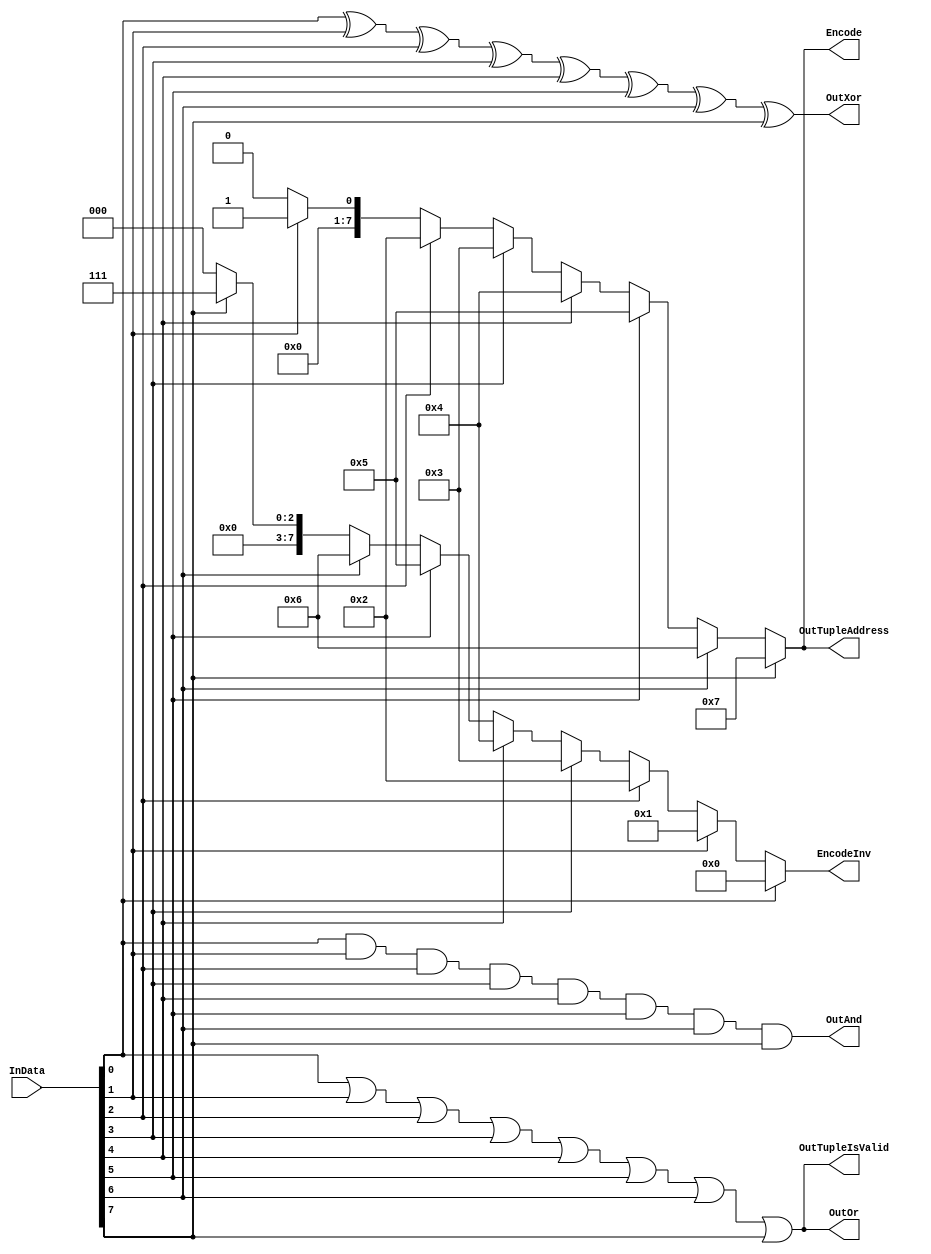
`timescale 1ns/1ps
`default_nettype none
// PLEASE READ THIS, IT MAY SAVE YOU SOME TIME AND MONEY, THANK YOU!
// * This file was generated by Quokka FPGA Toolkit.
// * Generated code is your property, do whatever you want with it
// * Place custom code between [BEGIN USER ***] and [END USER ***].
// * CAUTION: All code outside of [USER] scope is subject to regeneration.
// * Bad things happen sometimes in developer's life,
//   it is recommended to use source control management software (e.g. git, bzr etc) to keep your custom code safe'n'sound.
// * Internal structure of code is subject to change.
//   You can use some of signals in custom code, but most likely they will not exist in future (e.g. will get shorter or gone completely)
// * Please send your feedback, comments, improvement ideas etc. to evmuryshkin@gmail.com
// * Visit https://github.com/EvgenyMuryshkin/QuokkaEvaluation to access latest version of playground
//
// DISCLAIMER:
//   Code comes AS-IS, it is your responsibility to make sure it is working as expected
//   no responsibility will be taken for any loss or damage caused by use of Quokka toolkit.
//
// System configuration name is LoopModule_TopLevel, clock frequency is 1Hz, Top-level
// FSM summary
// -- Packages
module LoopModule_TopLevel
(
	// [BEGIN USER PORTS]
	// [END USER PORTS]
	input wire [7:0] InData,
	output wire [7:0] Encode,
	output wire [7:0] EncodeInv,
	output wire OutAnd,
	output wire OutOr,
	output wire [7:0] OutTupleAddress,
	output wire OutTupleIsValid,
	output wire OutXor
);
	// [BEGIN USER SIGNALS]
	// [END USER SIGNALS]
	localparam HiSignal = 1'b1;
	localparam LoSignal = 1'b0;
	wire Zero = 1'b0;
	wire One = 1'b1;
	wire true = 1'b1;
	wire false = 1'b0;
	wire LoopModule_L85F13L96T14_LoopModule_L86F32T37_Expr = 1'b0;
	wire LoopModule_L85F13L96T14_LoopModule_L87F31T32_Expr = 1'b0;
	wire [3: 0] LoopModule_L85F13L96T14_LoopModule_L88F17L93T18_Inputs_InData_Size = 4'b1000;
	wire LoopModule_L55F13L64T14_LoopModule_L56F31T32_Expr = 1'b0;
	wire [3: 0] LoopModule_L55F13L64T14_LoopModule_L57F17L61T18_Inputs_InData_Size = 4'b1000;
	wire LoopModule_L70F13L79T14_LoopModule_L71F30T31_Expr = 1'b0;
	wire [3: 0] LoopModule_L70F13L79T14_LoopModule_L72F17L76T18_Inputs_InData_Size = 4'b1000;
	wire LoopModule_L29F13L36T14_LoopModule_L30F31T35_Expr = 1'b1;
	wire [3: 0] LoopModule_L29F13L36T14_LoopModule_L31F17L34T18_Inputs_InData_Size = 4'b1000;
	wire [3: 0] LoopModule_L16F13L23T14_LoopModule_L18F17L21T18_Inputs_InData_Size = 4'b1000;
	wire [3: 0] LoopModule_L42F13L49T14_LoopModule_L44F17L47T18_Inputs_InData_Size = 4'b1000;
	wire [7: 0] Inputs_InData;
	wire [7: 0] Tuple_Item1;
	wire Tuple_Item2;
	reg LoopModule_L85F13L96T14_isValid;
	reg [7: 0] LoopModule_L85F13L96T14_result;
	integer idx;
	wire [8: 0] LoopModule_L85F13L96T14_LoopModule_L95F24T41_Tuple;
	reg [7: 0] LoopModule_L55F13L64T14_result;
	integer idx1;
	reg signed [31: 0] LoopModule_L70F13L79T14_result;
	integer idx2;
	wire [7: 0] LoopModule_L70F13L79T14_LoopModule_L78F24T36_Cast;
	reg LoopModule_L29F13L36T14_result;
	integer idx3;
	reg LoopModule_L16F13L23T14_result;
	integer idx4;
	reg LoopModule_L42F13L49T14_result;
	integer idx5;
	always @ (*)
	begin
		idx = 0;
		LoopModule_L85F13L96T14_isValid = LoopModule_L85F13L96T14_LoopModule_L86F32T37_Expr;
		LoopModule_L85F13L96T14_result = {
			{7{1'b0}},
			LoopModule_L85F13L96T14_LoopModule_L87F31T32_Expr
		}
		;
		for (idx = 0; (idx < 8); idx = (idx + 1))
		begin
			LoopModule_L85F13L96T14_isValid = (LoopModule_L85F13L96T14_isValid | Inputs_InData[idx]);
			if (Inputs_InData[idx])
			begin
				LoopModule_L85F13L96T14_result = idx;
			end
		end
	end
	always @ (*)
	begin
		idx1 = 0;
		LoopModule_L55F13L64T14_result = {
			{7{1'b0}},
			LoopModule_L55F13L64T14_LoopModule_L56F31T32_Expr
		}
		;
		for (idx1 = 0; (idx1 < 8); idx1 = (idx1 + 1))
		begin
			if (Inputs_InData[idx1])
			begin
				LoopModule_L55F13L64T14_result = idx1;
			end
		end
	end
	always @ (*)
	begin
		idx2 = 8;
		LoopModule_L70F13L79T14_result = {
			{31{1'b0}},
			LoopModule_L70F13L79T14_LoopModule_L71F30T31_Expr
		}
		;
		for (idx2 = 8; (idx2 > 0); idx2 = (idx2 - 1))
		begin
			if (Inputs_InData[(idx2 - 1)])
			begin
				LoopModule_L70F13L79T14_result = (idx2 - 1);
			end
		end
	end
	always @ (*)
	begin
		idx3 = 0;
		LoopModule_L29F13L36T14_result = LoopModule_L29F13L36T14_LoopModule_L30F31T35_Expr;
		for (idx3 = 0; (idx3 < 8); idx3 = (idx3 + 1))
		begin
			LoopModule_L29F13L36T14_result = (LoopModule_L29F13L36T14_result & Inputs_InData[idx3]);
		end
	end
	always @ (*)
	begin
		idx4 = 1;
		LoopModule_L16F13L23T14_result = Inputs_InData[0];
		for (idx4 = 1; (idx4 < 8); idx4 = (idx4 + 1))
		begin
			LoopModule_L16F13L23T14_result = (LoopModule_L16F13L23T14_result | Inputs_InData[idx4]);
		end
	end
	always @ (*)
	begin
		idx5 = 1;
		LoopModule_L42F13L49T14_result = Inputs_InData[0];
		for (idx5 = 1; (idx5 < 8); idx5 = (idx5 + 1))
		begin
			LoopModule_L42F13L49T14_result = (LoopModule_L42F13L49T14_result ^ Inputs_InData[idx5]);
		end
	end
	assign Inputs_InData = InData;
	assign LoopModule_L85F13L96T14_LoopModule_L95F24T41_Tuple[8:1] = LoopModule_L85F13L96T14_result;
	assign LoopModule_L85F13L96T14_LoopModule_L95F24T41_Tuple[0] = LoopModule_L85F13L96T14_isValid;
	assign Tuple_Item1 = LoopModule_L85F13L96T14_LoopModule_L95F24T41_Tuple[8:1];
	assign Tuple_Item2 = LoopModule_L85F13L96T14_LoopModule_L95F24T41_Tuple[0];
	assign Encode = LoopModule_L55F13L64T14_result;
	assign LoopModule_L70F13L79T14_LoopModule_L78F24T36_Cast = LoopModule_L70F13L79T14_result[7:0];
	assign EncodeInv = LoopModule_L70F13L79T14_LoopModule_L78F24T36_Cast;
	assign OutAnd = LoopModule_L29F13L36T14_result;
	assign OutOr = LoopModule_L16F13L23T14_result;
	assign OutTupleAddress = Tuple_Item1;
	assign OutTupleIsValid = Tuple_Item2;
	assign OutXor = LoopModule_L42F13L49T14_result;
	// [BEGIN USER ARCHITECTURE]
	// [END USER ARCHITECTURE]
endmodule